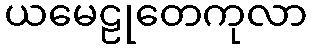
ယမေဠုတေကုလာ